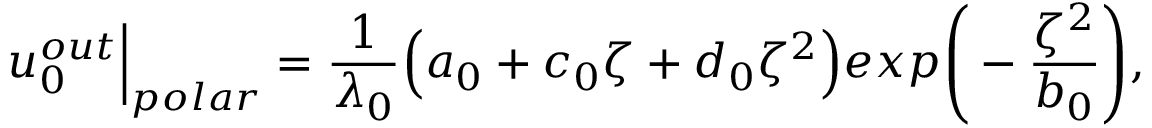
u _ { 0 } ^ { o u t } \Big | _ { p o l a r } = \frac { 1 } { \lambda _ { 0 } } \Big ( a _ { 0 } + c _ { 0 } \zeta + d _ { 0 } \zeta ^ { 2 } \Big ) e x p \Bigg ( - \frac { \zeta ^ { 2 } } { b _ { 0 } } \Bigg ) ,